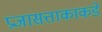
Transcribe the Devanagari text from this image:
प्रजासत्ताकाकडे